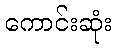
ကောင်းဆုံး